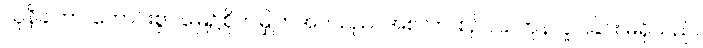
သုနိခါတာ၊ ကောင်းစွာ မြေ၌စိုက်မြှုတ်အပ်သည်။ အစလာ၊ စဉ်ငယ်တုန်လှုပ်ခြင်း မရှိသည်။